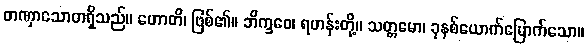
တဏှာသောတရှိသည်။ ဟောတိ၊ ဖြစ်၏။ ဘိက္ခဝေ၊ ရဟန်းတို့။ သတ္တမော၊ ခုနစ်ယောက်မြောက်သော။